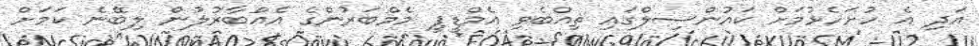
އަދި އެ ހުށަހެޅުމަށް ކައުންސިލްގައި ތިއްބެވި އެމްޑީޕީ މެމްބަރުންގެ އެއްބާރުލުން ލިބޭނެ ކަމަށް